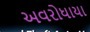
અવરોધાયા